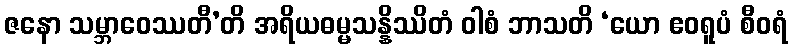
ဇနော သမ္ဘာဝေဿတီ’တိ အရိယဓမ္မသန္နိဿိတံ ဝါစံ ဘာသတိ ‘ယော ဧဝရူပံ စီဝရံ